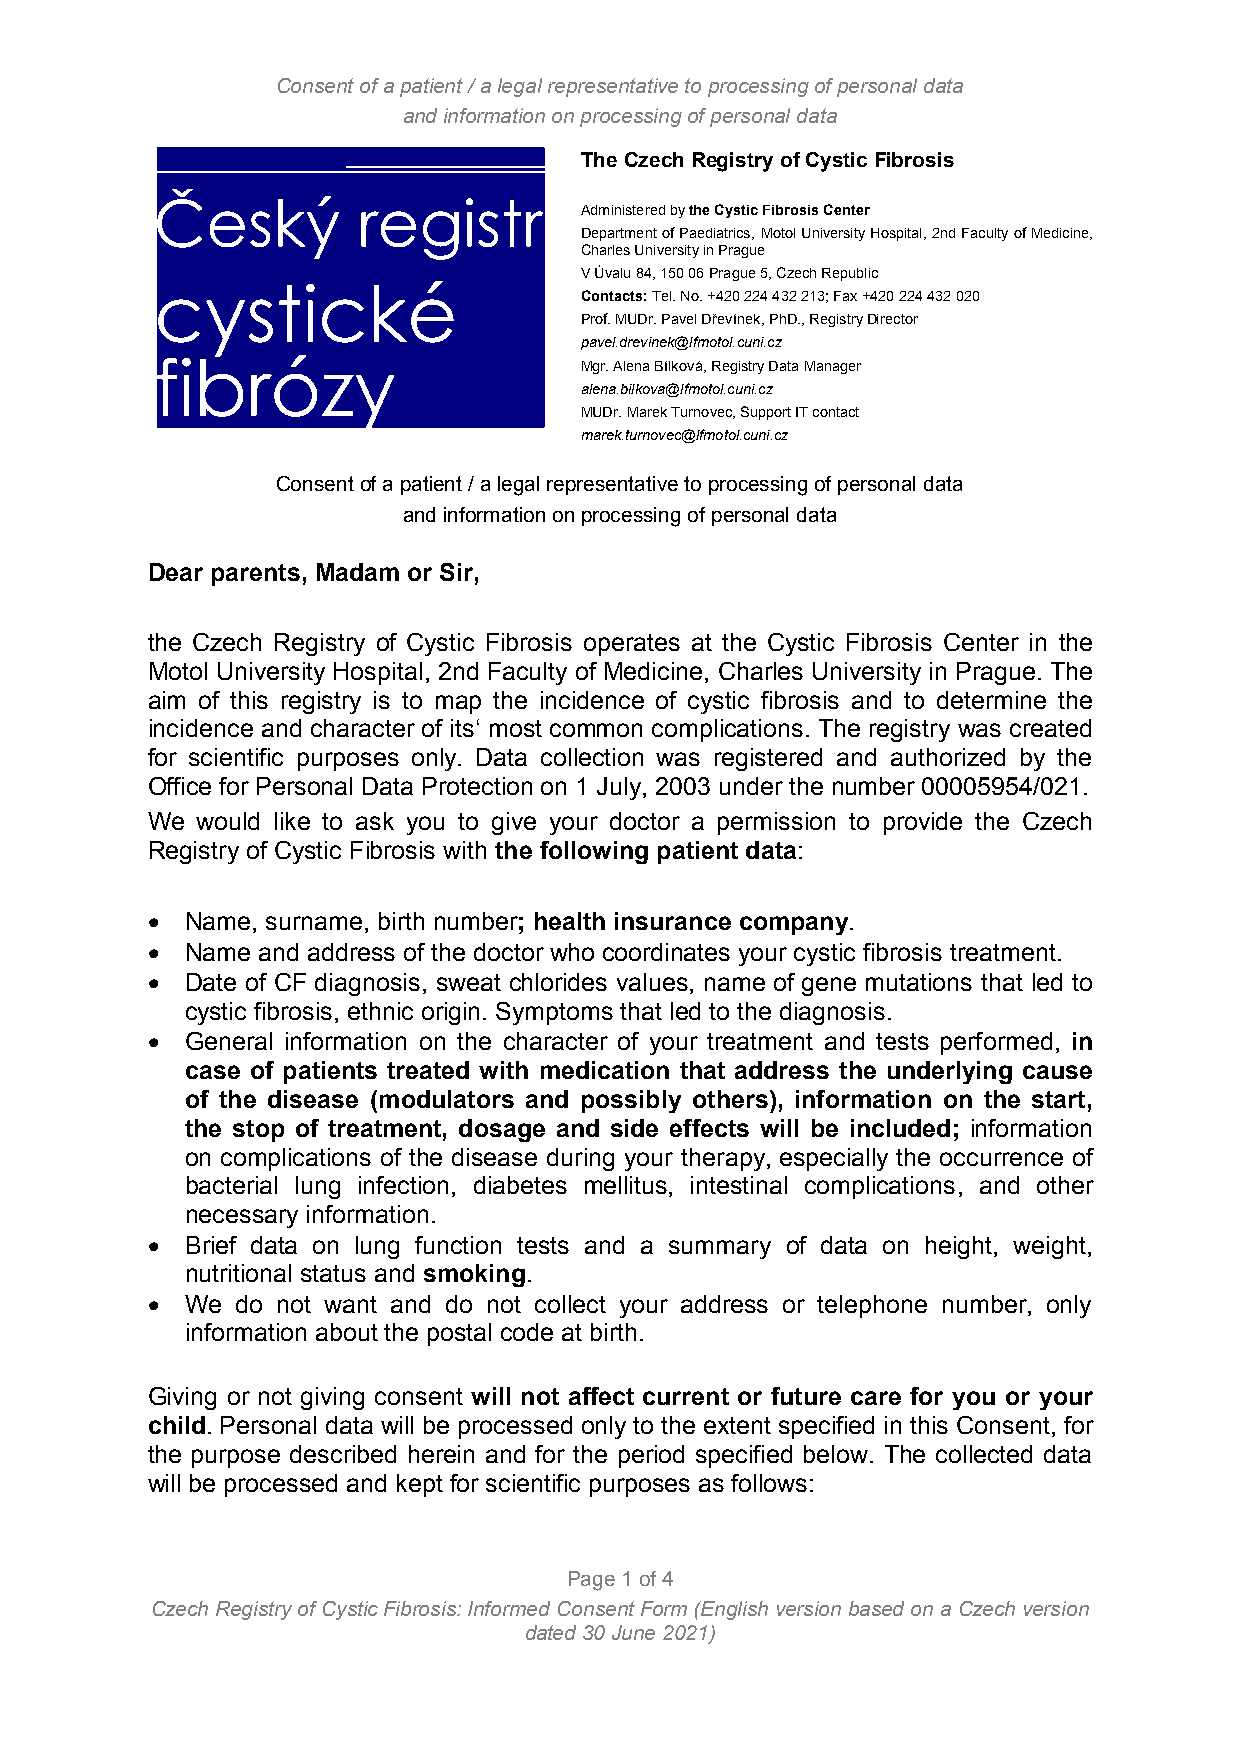
Consent of a patient / a legal representative to processing of personal data
 and information on processing of personal data
 The Czech Registry of Cystic Fibrosis
 ČČeesskkýý    rreeggiissttrr
 Administered by the Cystic Fibrosis Center
 Department of Paediatrics, Motol University Hospital, 2nd Faculty of Medicine,
 Charles University in Prague
 V Úvalu 84, 150 06 Prague 5, Czech Republic
 ccyyssttiicckkéé
 Contacts: Tel. No. +420 224 432 213; Fax +420 224 432 020
 Prof. MUDr. Pavel Dřevínek, PhD., Registry Director
 pavel.drevinek@lfmotol.cuni.cz
 ffiibbrróózzyy              Mgr. Alena Bílková, Registry Data Manager
 alena.bilkova@lfmotol.cuni.cz
 MUDr. Marek Turnovec, Support IT contact
 marek.turnovec@lfmotol.cuni.cz
 Consent of a patient / a legal representative to processing of personal data
 and information on processing of personal data
 Dear parents, Madam or Sir,
 the Czech Registry of Cystic Fibrosis operates at the Cystic Fibrosis Center in the
 Motol University Hospital, 2nd Faculty of Medicine, Charles University in Prague. The
 aim of this registry is to map the incidence of cystic fibrosis and to determine the
 incidence and character of its‘ most common complications. The registry was created
 for scientific purposes only. Data collection was registered and authorized by the
 Office for Personal Data Protection on 1 July, 2003 under the number 00005954/021.
 We would like to ask you to give your doctor a permission to provide the Czech
 Registry of Cystic Fibrosis with the following patient data:
  Name, surname, birth number; health insurance company.
  Name and address of the doctor who coordinates your cystic fibrosis treatment.
  Date of CF diagnosis, sweat chlorides values, name of gene mutations that led to
 cystic fibrosis, ethnic origin. Symptoms that led to the diagnosis.
  General information on the character of your treatment and tests performed, in
 case of patients treated with medication that address the underlying cause
 of the disease (modulators and possibly others), information on the start,
 the stop of treatment, dosage and side effects will be included; information
 on complications of the disease during your therapy, especially the occurrence of
 bacterial lung infection, diabetes mellitus, intestinal complications, and other
 necessary information.
  Brief data on lung function tests and a summary of data on height, weight,
 nutritional status and smoking.
  We  do not want and do not collect your address or telephone number, only
 information about the postal code at birth.
 Giving or not giving consent will not affect current or future care for you or your
 child. Personal data will be processed only to the extent specified in this Consent, for
 the purpose described herein and for the period specified below. The collected data
 will be processed and kept for scientific purposes as follows:
 Page 1 of 4
 Czech Registry of Cystic Fibrosis: Informed Consent Form (English version based on a Czech version
 dated 30 June 2021)